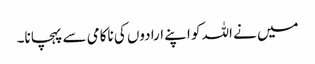
میں نے اللہ کو اپنے ارادوں کی ناکامی سے پہچانا۔